Report on the working of the Ranchi Indian Mental Hospital, Kanke, in Bihar and Orissa - 1930-1940
Year: 1930
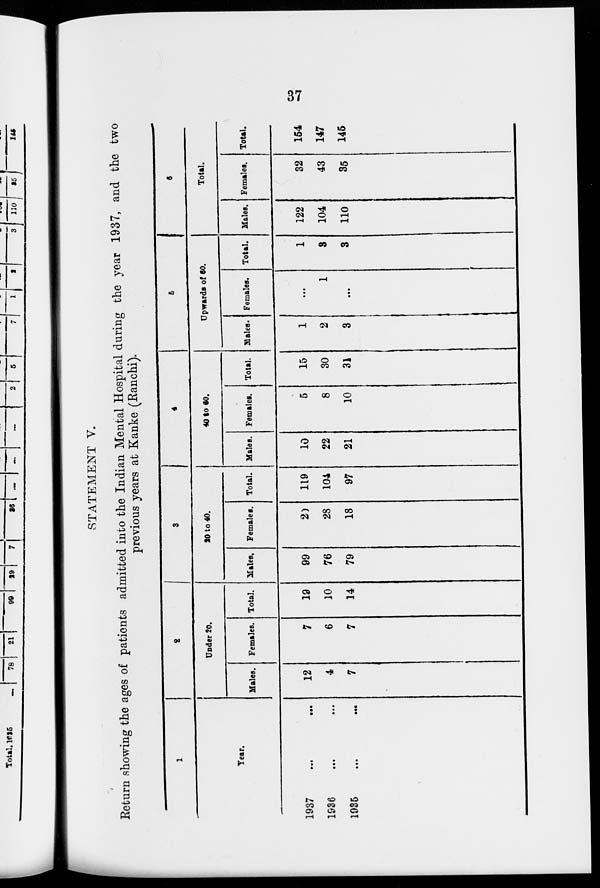
37
STATEMENT V.
Return showing the ages of patients admitted into the Indian Mental Hospital during the year 1937, and the two
previous years at Kanke (Ranchi).
1
Year.
1937
...
...
1936 ... ...
1935 ... ...
2
Under 20.
Males.
12
4
7
Females.
7
6
7
Total.
19
10
14
3
20 to 40.
Males.
99
76
79
Females.
20
28
18
Total.
119
104
97
4
40 to 60.
Males.
10
22
21
Females.
5
8
10
Total.
15
30
31
5
Upwards of 60.
Males.
1
2
3
Females.
...
1
...
Total.
1
3
3
6
Total.
Males.
122
104
110
Females.
32
43
35
Total.
154
147
145